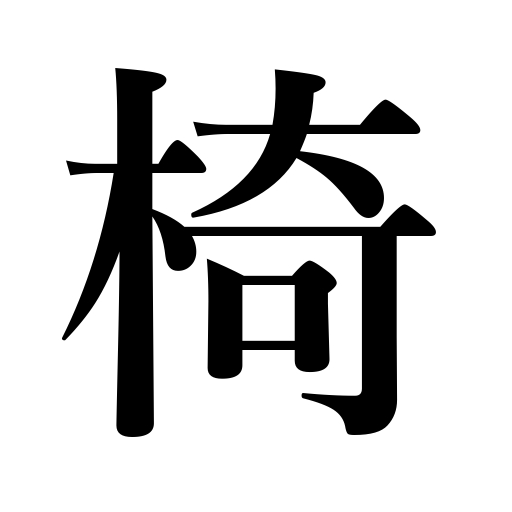
Meanings: chair